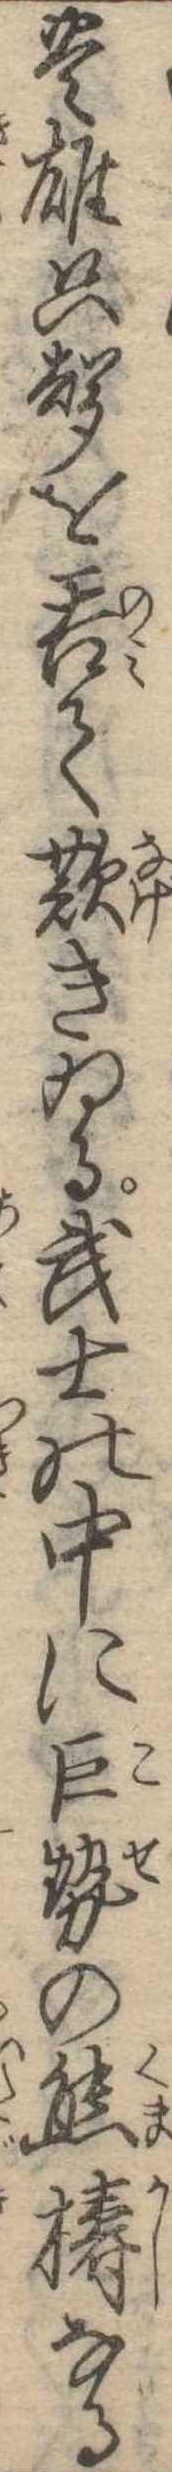
豊雄只声を呑て歎きゐる武士の中に巨勢の熊梼なる